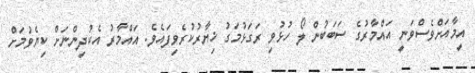
އީމާއަށްވެސްވަނީ އައްމާރުގެ ސަބަބުން ލޯ ހުޅުވި ރަގަޅުމަގު ޚިޔާރުކުރެވިފައެވެ. އައްމާރު އެކުދިންނަށް ކިޔެވުމަށް